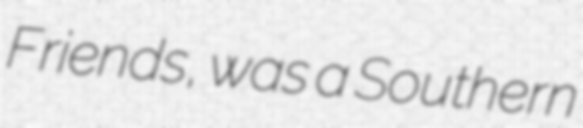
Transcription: Friends, was a Southern